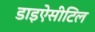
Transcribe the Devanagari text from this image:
डाइऐसीटिल